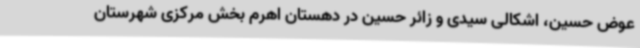
عوض حسین، اشکالی سیدی و زائر حسین در دهستان اهرم بخش مرکزی شهرستان